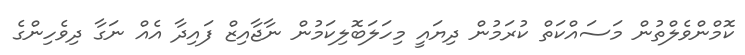
ކޮމްންވެލްތުން މަސައްކަތް ކުރަމުން ދިޔައީ މިހަލަބޮލިކަމުން ނާޖާއިޒް ފައިދާ އެއް ނަގާ ދިވެހިންގެ